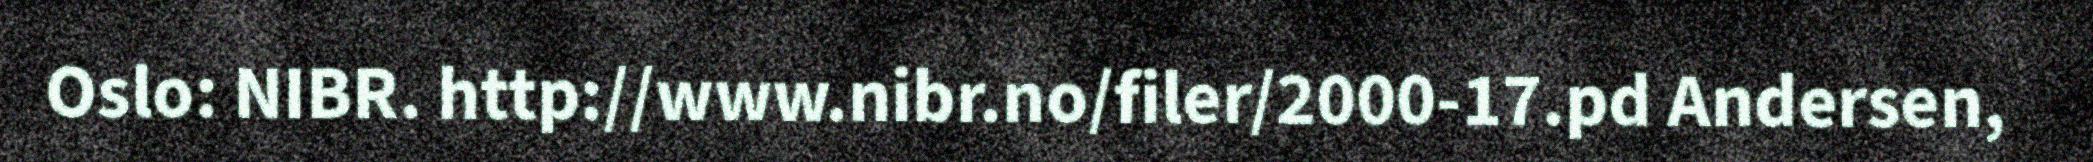
Oslo: NIBR. http://www.nibr.no/filer/2000-17.pd Andersen,